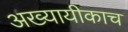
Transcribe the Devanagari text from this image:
अख्यायीकाच